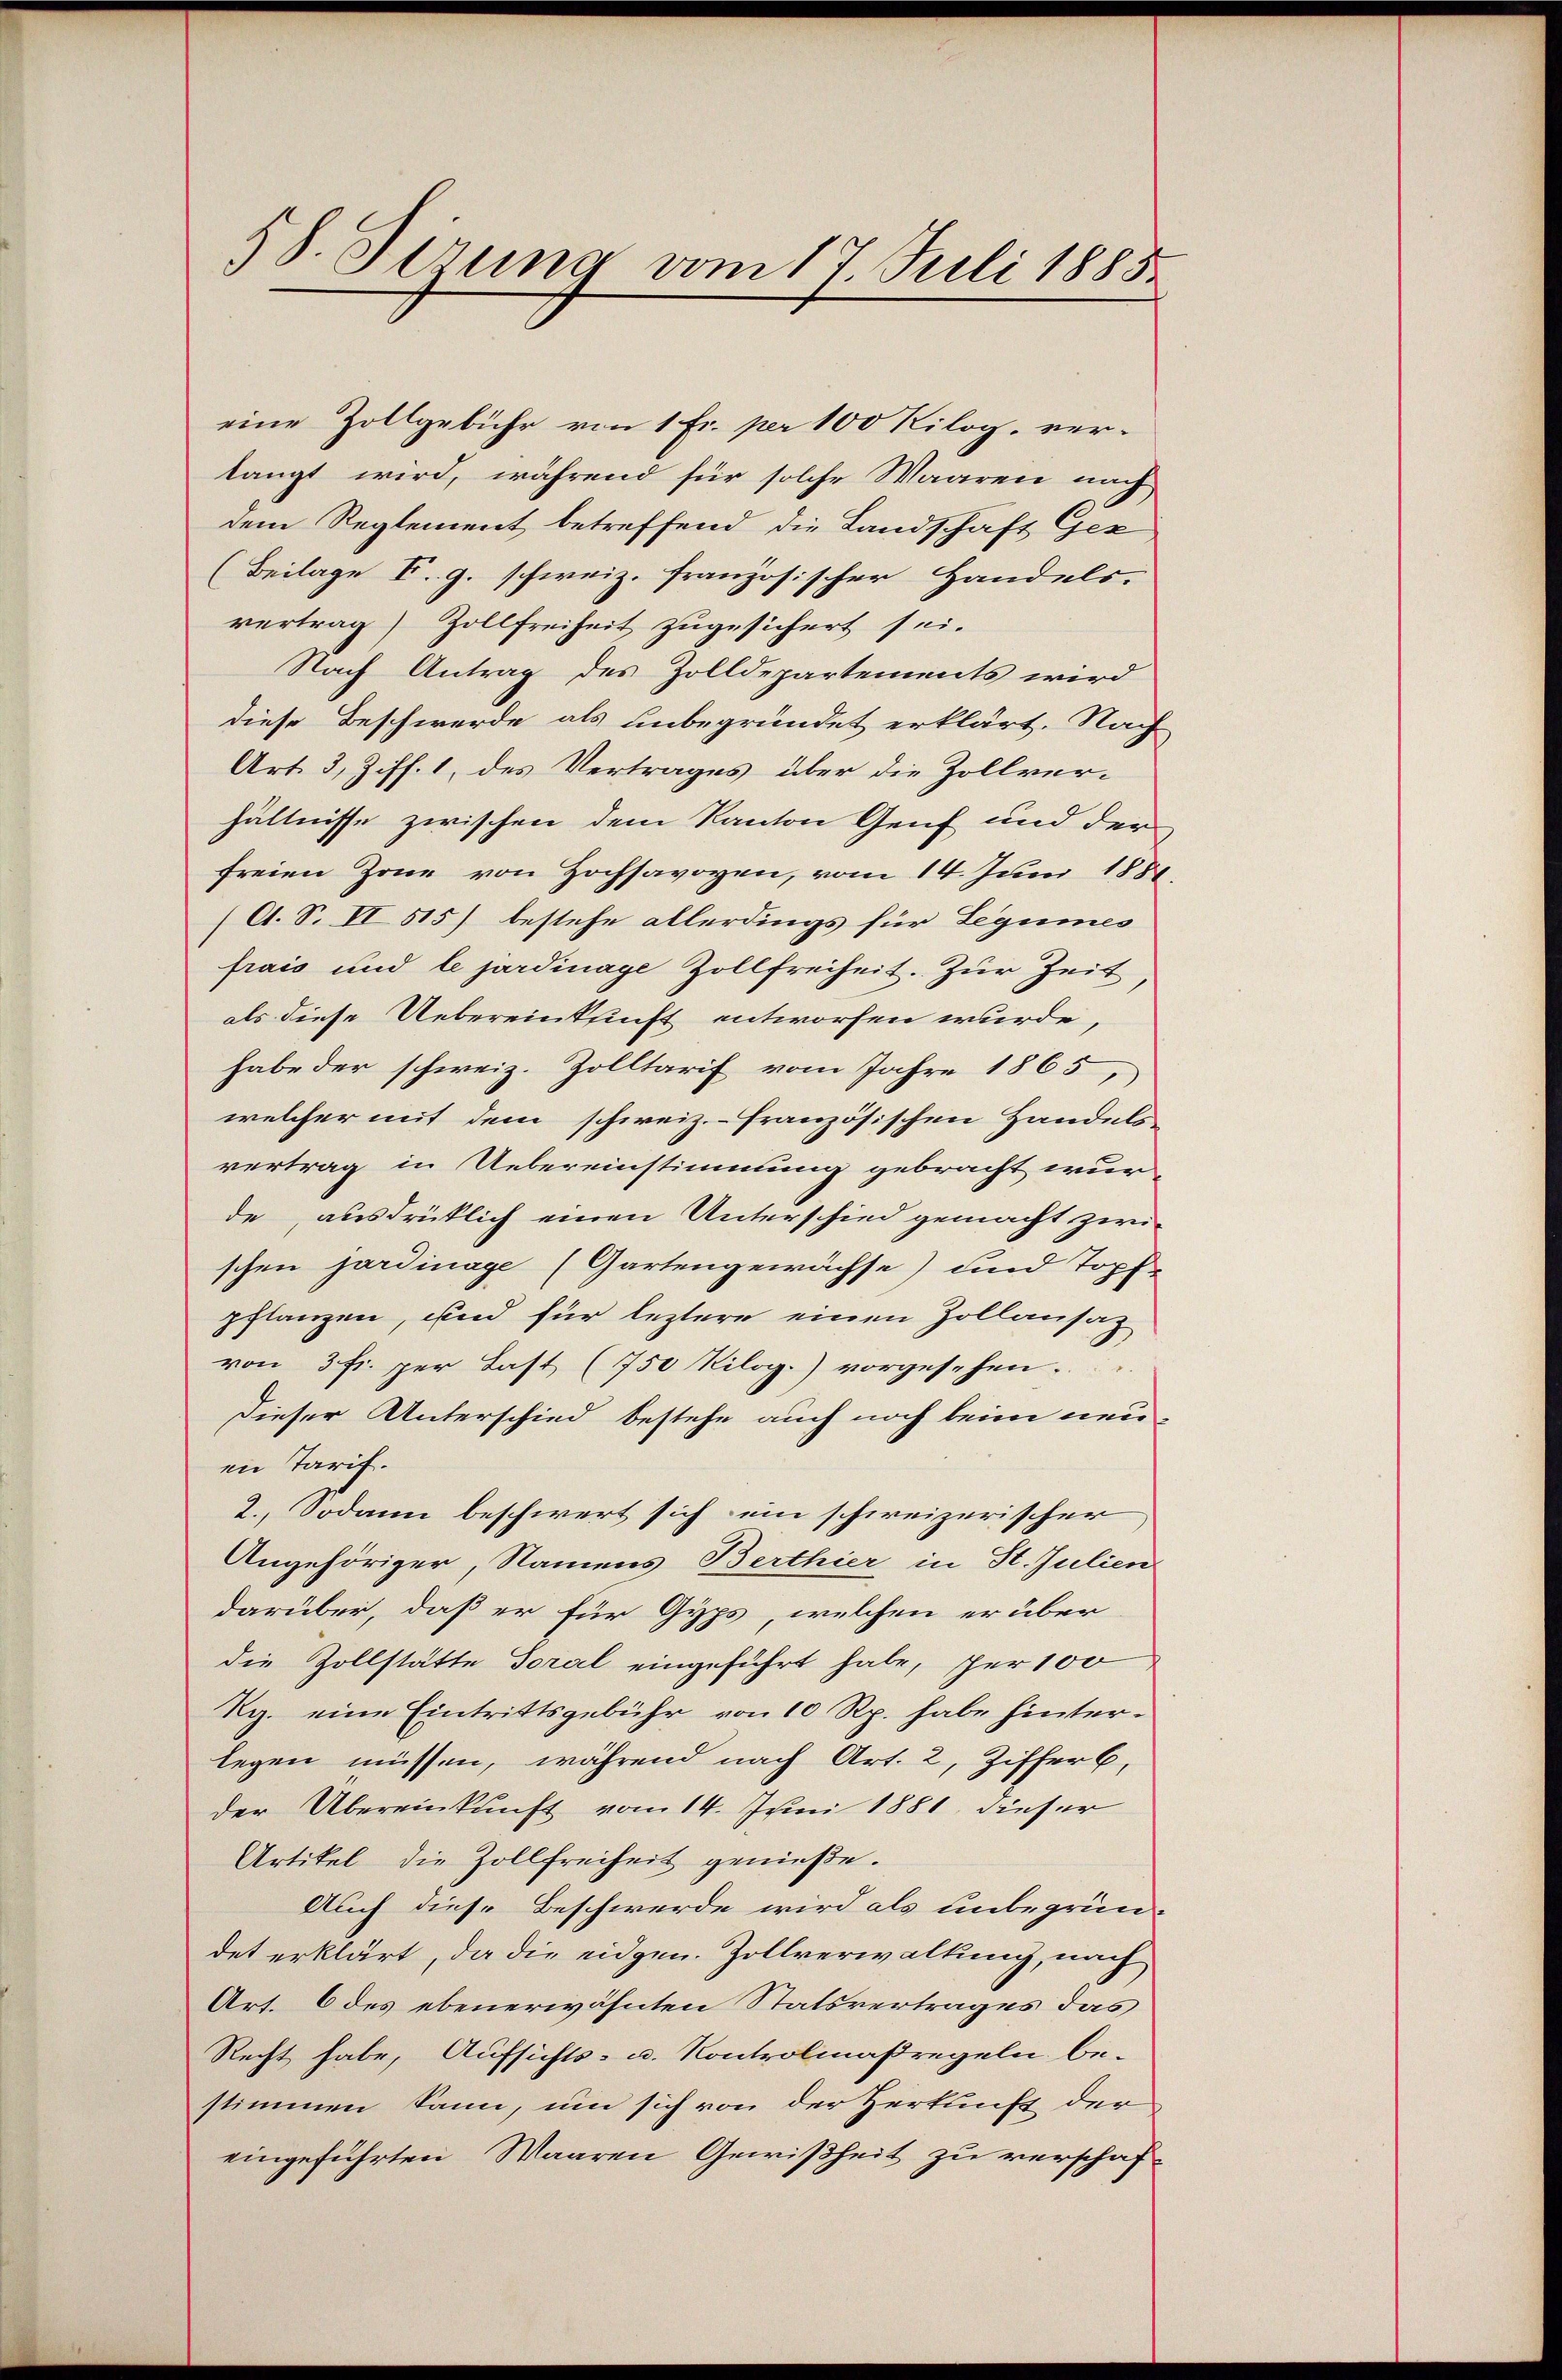
58. Gerung vom 17. Juli 1885

eine Zollgebühr von 1 Fr. per 100 Kilog. verlangt wird, während für solche Waaren nach
dem Reglement betreffend die Landschaft Gez
(Beilage E. g. schweiz. Französischer Handels-
vertrag) Zollfreiheit zugesichert sei.
Nach Antrag des Zolldepartements wird
diese Beschwerde als unbegründet erklärt. Nach
Art. 3, Ziff. 1, des Vertrages über die Zollverhältnisse zwischen dem Kanton Genf und der
freien Zone von Hochsavoyen, vom 14. Juni 1888
(A. S. II 515) bestehe allerdings für Legumes
frais und le jardinage Zollfreiheit. Zur Zeit
als diese Uebereinkunft entworfen wurde,
habe der schweiz. Zolltarif vom Jahre 1865,
welcher mit dem schweiz.- französischen Handels
vertrag in Uebereinstimmung gebracht wurde, ausdrücklich einen Unterschied gemacht zwischen jardinage (Gartengewächse) und Topf-
pflanzen, und für leztere einen Zollansaz
von 3 Fr. per Last (750 Kilog.) vorgesehen.
dieser Unterschied bestehe auch noch beim neue
en Tarif.
2. Sodann beschwert sich ein schweizerischer
Angehöriger, Namens Berthier in St. Julien
darüber, daß er für Gyps, welchen er über
die Zollstatte Toral eingeführt habe, für 100
Rg. eine Eintrittsgebühr von 10 Rp. habe hinterlegen müssen, während nach Art. 2, Ziffer 6.
der Übereinkunft vom 14. Juni 1881 dieser
Artikel die Zollfreiheit genieße.
Auch diese Beschwerde wird als unbegrün-
det erklärt, da die eidgen. Zollverwaltung, nach
Art. 6 des ebenerwähnten Statsvertrages das
Recht habe, Aufsichts- u. Kontrolmaßregeln be-
stimmen kann, um sich von der Herkunft der
eingeführten Waaren Gewißheit zu verschaf¬